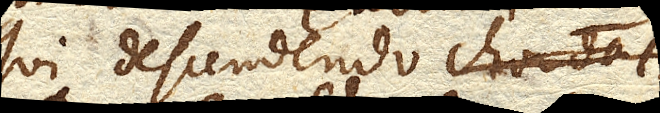
qui descendendo